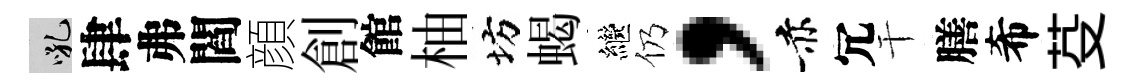
吼肆弗閻顔創館柚坊蝎繼仍，赤冗干膳希芟